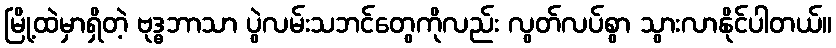
မြို့ထဲမှာရှိတဲ့ ဗုဒ္ဓဘာသာ ပွဲလမ်းသဘင်တွေကိုလည်း လွတ်လပ်စွာ သွားလာနိုင်ပါတယ်။